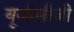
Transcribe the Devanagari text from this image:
यूजीसीजी